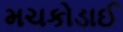
મચકોડાઈ